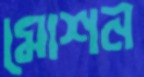
মোশন